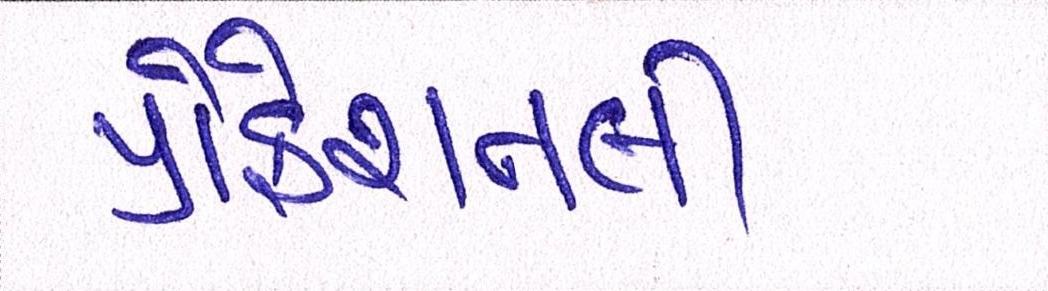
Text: પ્રોફેશનલી